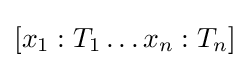
[x_{1}:T_{1}\dots x_{n}:T_{n}]